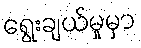
ရွေးချယ်မှုမှာ